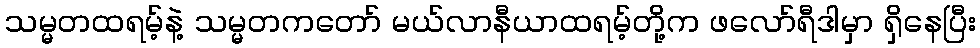
သမ္မတထရမ့်နဲ့ သမ္မတကတော် မယ်လာနီယာထရမ့်တို့က ဖလော်ရီဒါမှာ ရှိနေပြီး